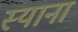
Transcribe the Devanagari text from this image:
स्याना